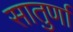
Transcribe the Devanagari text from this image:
सातुर्णा